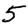
Digit: 5